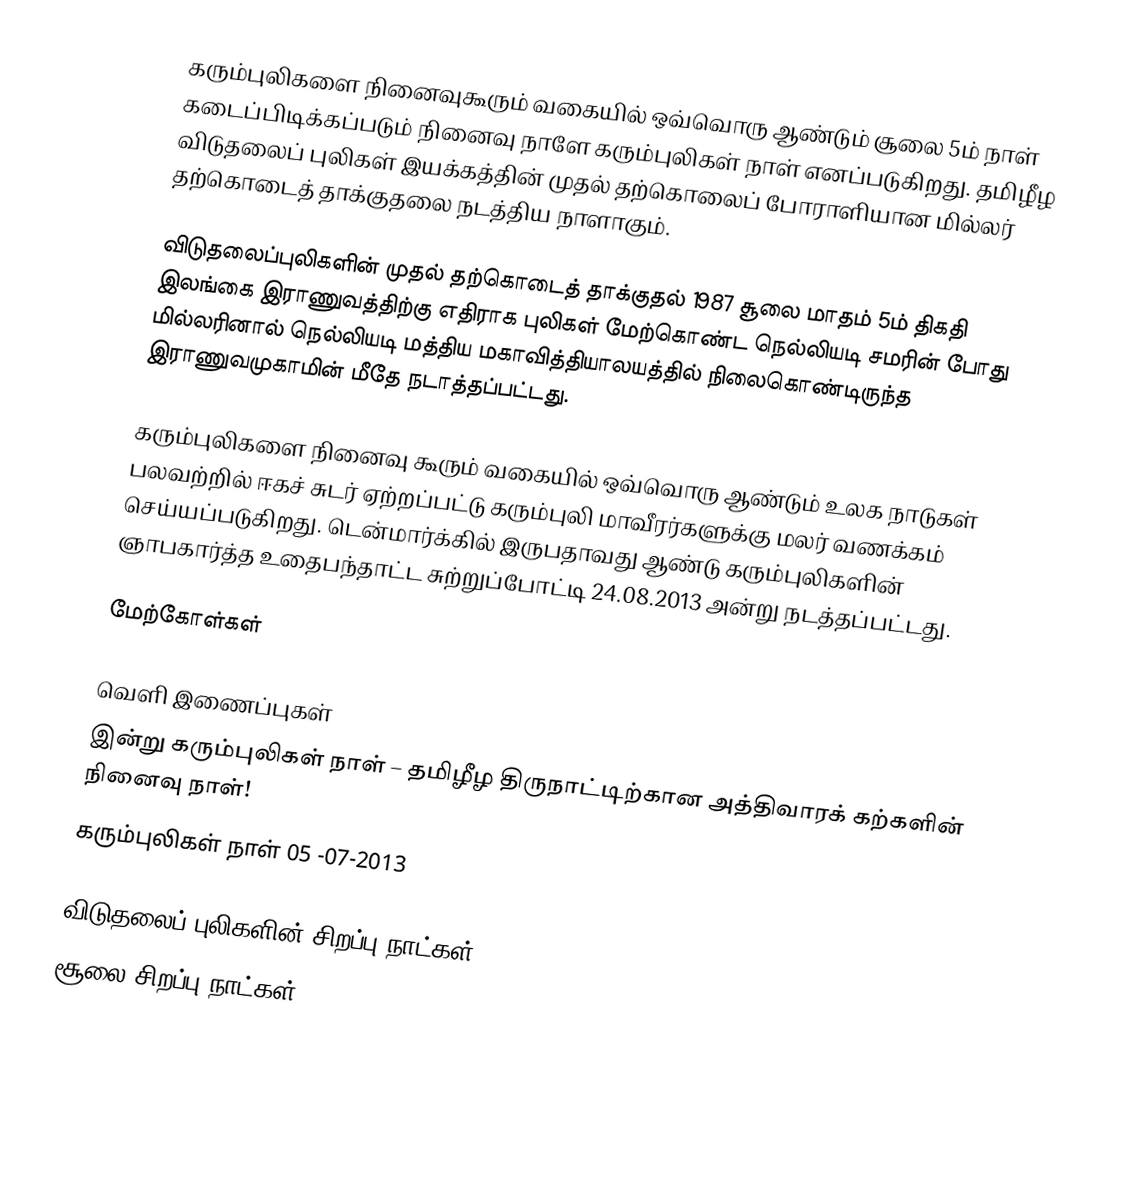
கரும்புலிகளை நினைவுகூரும் வகையில் ஒவ்வொரு ஆண்டும் சூலை 5ம் நாள் கடைப்பிடிக்கப்படும் நினைவு நாளே கரும்புலிகள் நாள் எனப்படுகிறது. தமிழீழ விடுதலைப் புலிகள் இயக்கத்தின் முதல் தற்கொலைப் போராளியான மில்லர் தற்கொடைத் தாக்குதலை நடத்திய நாளாகும்.

விடுதலைப்புலிகளின் முதல் தற்கொடைத் தாக்குதல் 1987 சூலை மாதம் 5ம் திகதி இலங்கை இராணுவத்திற்கு எதிராக புலிகள் மேற்கொண்ட நெல்லியடி சமரின் போது மில்லரினால் நெல்லியடி மத்திய மகாவித்தியாலயத்தில் நிலைகொண்டிருந்த இராணுவமுகாமின் மீதே நடாத்தப்பட்டது.

கரும்புலிகளை நினைவு கூரும் வகையில் ஒவ்வொரு ஆண்டும்  உலக நாடுகள் பலவற்றில் ஈகச் சுடர் ஏற்றப்பட்டு கரும்புலி மாவீரர்களுக்கு மலர் வணக்கம் செய்யப்படுகிறது. டென்மார்க்கில் இருபதாவது ஆண்டு கரும்புலிகளின் ஞாபகார்த்த உதைபந்தாட்ட சுற்றுப்போட்டி 24.08.2013 அன்று நடத்தப்பட்டது.

மேற்கோள்கள்

வெளி இணைப்புகள்
இன்று கரும்புலிகள் நாள் – தமிழீழ திருநாட்டிற்கான அத்திவாரக் கற்களின் நினைவு நாள்!
கரும்புலிகள் நாள் 05 -07-2013

விடுதலைப் புலிகளின் சிறப்பு நாட்கள்
சூலை சிறப்பு நாட்கள்